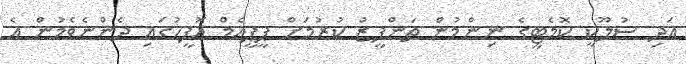
އަދި ސުލޫކީ ކޮމެޓީގެ ނިންމުން ތަންފީޒު ކުރުމަށް ޕީޕީއެމް އޮފީހުގައި ދެންނެވެމުން އެ